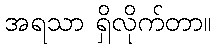
အရသာ ရှိလိုက်တာ။